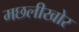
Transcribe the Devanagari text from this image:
मछलीखोर